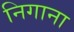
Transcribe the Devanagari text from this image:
निगाना